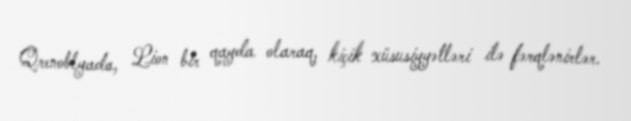
Qrenoblyada, Lion bir qayda olaraq, kiçik xüsusiyyətləri ilə fərqlənirlər.